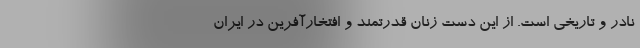
نادر و تاریخی است. از این دست زنان قدرتمند و افتخارآفرین در ایران